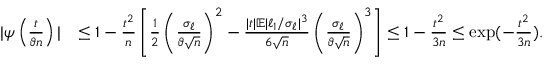
\begin{array} { r l } { | \psi \left( \frac { t } { \vartheta n } \right) | } & { \leq 1 - \frac { t ^ { 2 } } { n } \left[ \frac { 1 } { 2 } \left( \frac { \sigma _ { \ell } } { \vartheta \sqrt { n } } \right) ^ { 2 } - \frac { | t | \mathbb { E } | \ell _ { 1 } / \sigma _ { \ell } | ^ { 3 } } { 6 \sqrt { n } } \left( \frac { \sigma _ { \ell } } { \vartheta \sqrt { n } } \right) ^ { 3 } \right] \leq 1 - \frac { t ^ { 2 } } { 3 n } \leq \exp ( - \frac { t ^ { 2 } } { 3 n } ) . } \end{array}